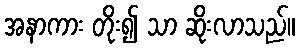
အနာကား တိုး၍ သာ ဆိုးလာသည်။